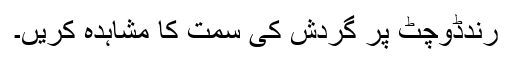
رندڈوچٹ پر گردش کی سمت کا مشاہدہ کریں۔